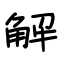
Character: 解